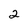
Character: 2